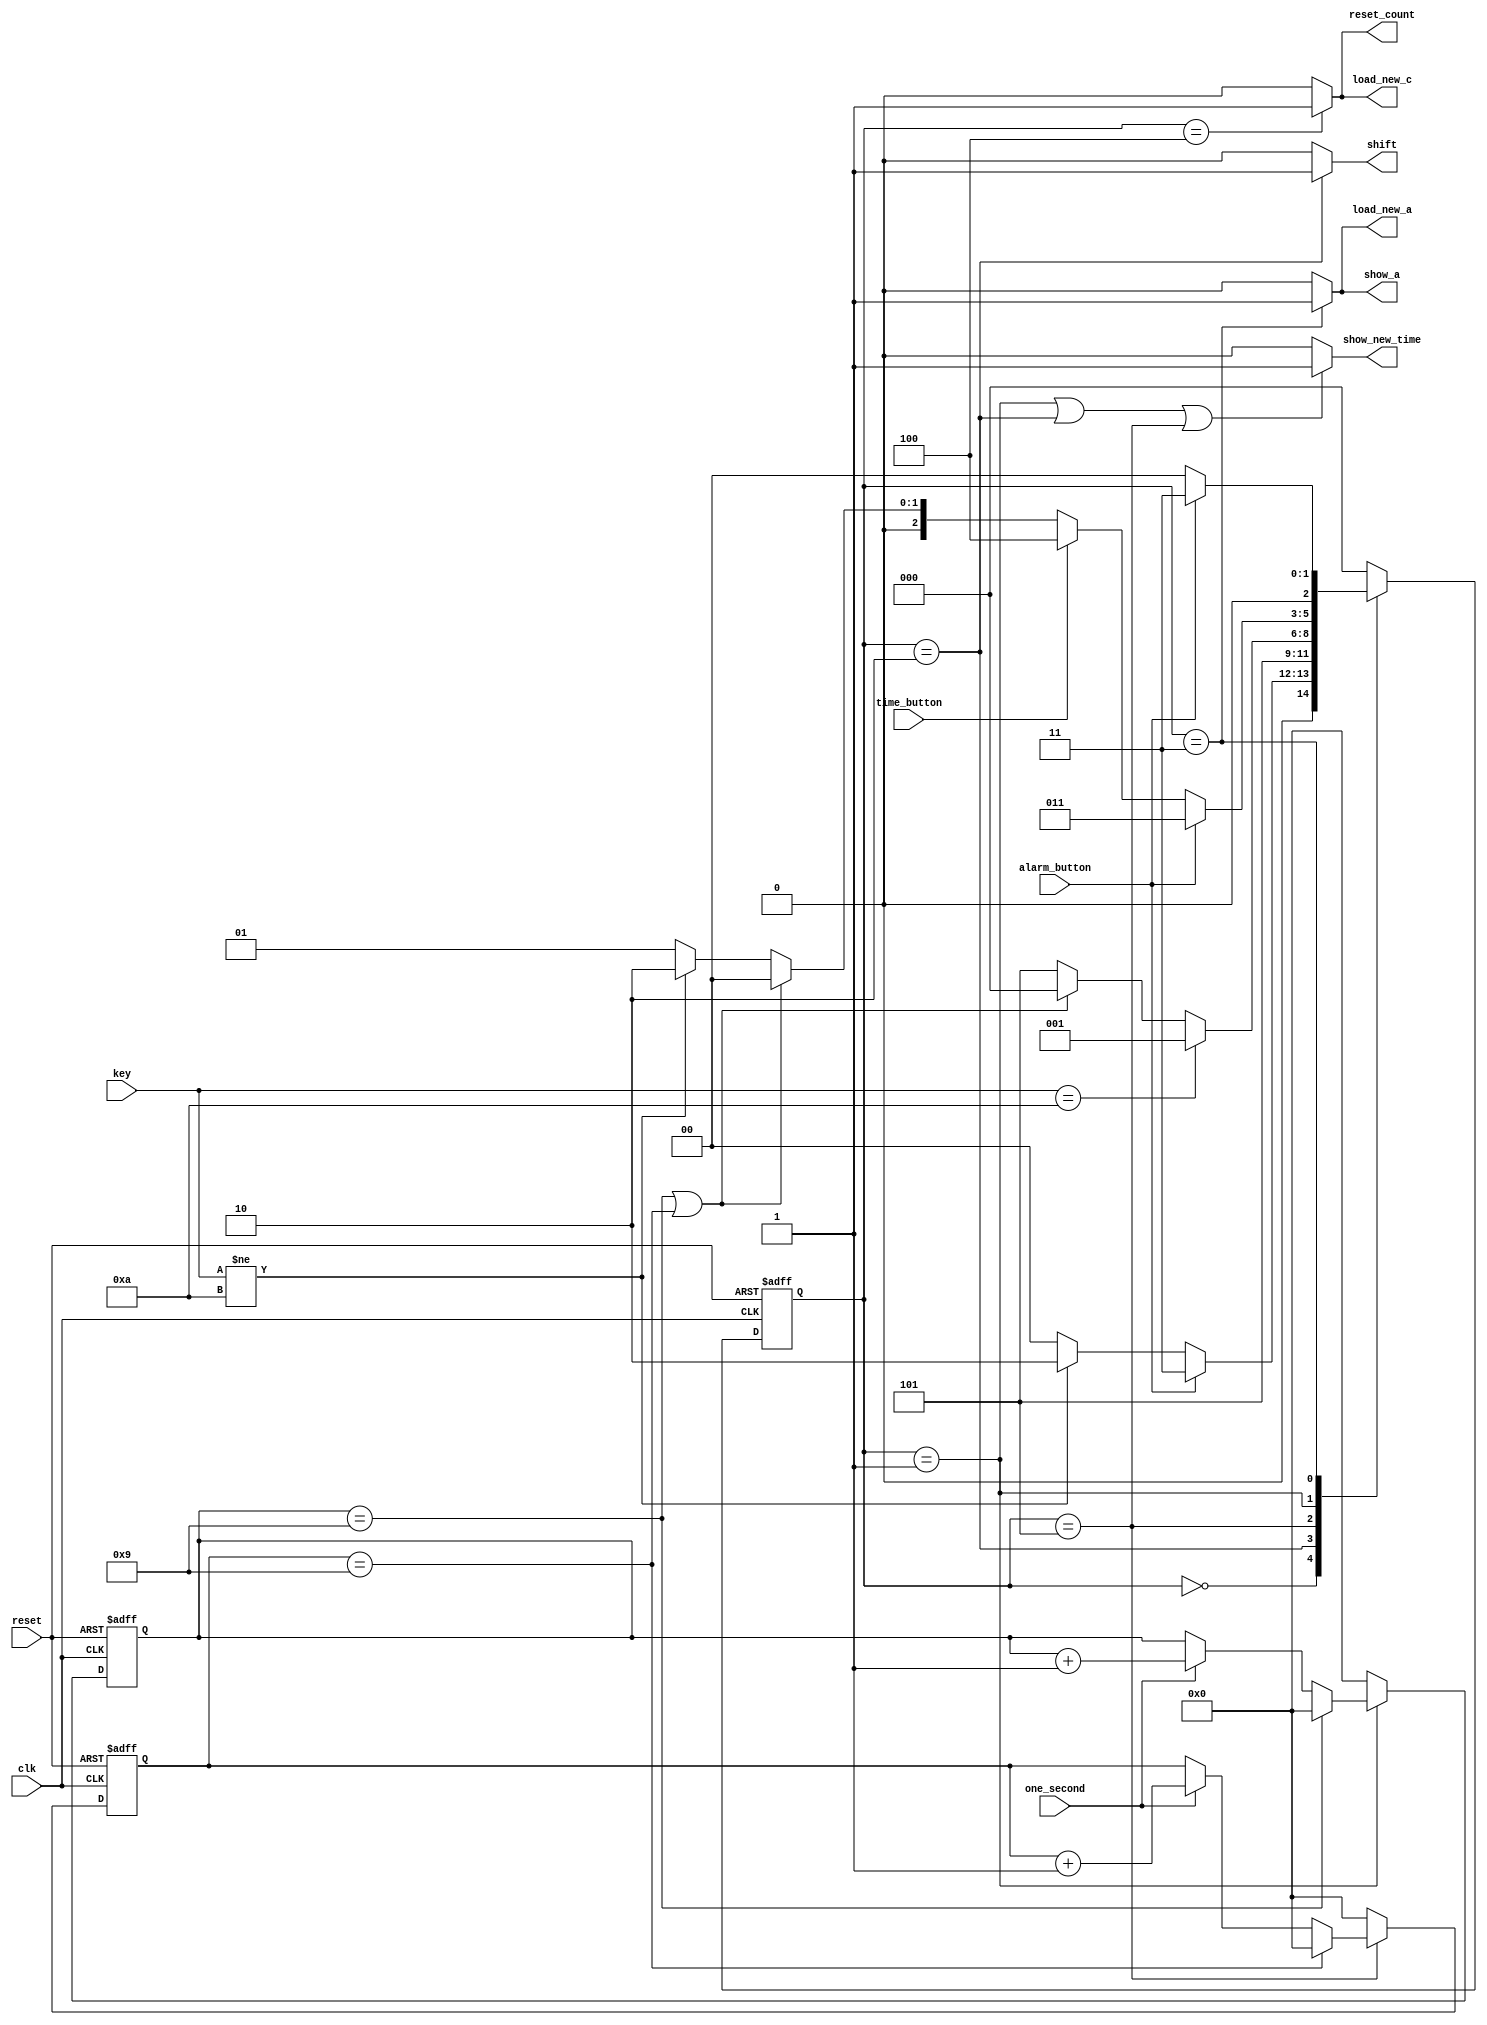
module aclk_controller(clk, reset, one_second, alarm_button, time_button, key, reset_count, load_new_c, show_new_time, show_a , load_new_a , shift);
input clk, reset, one_second, alarm_button, time_button;
input [3:0] key;
output reset_count, load_new_c, show_new_time, show_a , load_new_a , shift;

reg [2:0] pre_state, next_state;

wire time_out;

reg [3:0] count1, count2;

parameter SHOW_TIME= 3'b000;
parameter KEY_ENTRY= 3'b001;
parameter KEY_STORED= 3'b010;
parameter SHOW_ALARM= 3'b011;
parameter SET_ALARM_TIME= 3'b011;
parameter SET_CURRENT_TIME= 3'b100;
parameter KEY_WAITED = 3'b101;
parameter NOKEY =10;

always @ (posedge clk or posedge reset)
begin
if(reset)
count1<=4'd0;
else if (!(pre_state==KEY_ENTRY))
count1 <= 4'd0;
else if (count1 ==9)
count1<=4'd0;
else if(one_second)
count1<=count1+1'b1;
end

always @ (posedge clk or posedge reset)
begin
if(reset)
count2<=4'd0;
else if (!( pre_state==KEY_WAITED))
count2<=4'd0;
else if (count2==9)
count2<=4'd0;
else if(one_second)
count2<=count2+1'b1;
end

assign time_out=((count1==9) || (count2==9))?0:1;

always @ (posedge clk or posedge reset)
begin
if(reset)
pre_state<=SHOW_TIME;
else
pre_state<=next_state;
end

always@(pre_state or key or alarm_button or time_button or time_out)
begin
case(pre_state)

SHOW_TIME: begin
if(alarm_button)
next_state= SHOW_ALARM;
else if (key != NOKEY)
next_state=KEY_STORED;
else
next_state= SHOW_TIME;
end

KEY_STORED: next_state = KEY_WAITED;

KEY_WAITED: begin
if (key==NOKEY)
next_state=KEY_ENTRY;
else if (time_out==0)
next_state= SHOW_TIME;
else
next_state= KEY_WAITED;
end

KEY_ENTRY :begin
if(alarm_button)
next_state= SET_ALARM_TIME;
else if (time_button)
next_state= SET_CURRENT_TIME;
else if( time_out==0)
next_state=SHOW_TIME;
else if (key!= NOKEY)
next_state= KEY_STORED;
else 
next_state= KEY_ENTRY;
end

SHOW_ALARM: begin
if (!alarm_button)
next_state=SHOW_TIME;
else
next_state= SHOW_ALARM;
end

SET_ALARM_TIME: next_state= SHOW_TIME;
SET_CURRENT_TIME : next_state= SHOW_TIME;
default: next_state = SHOW_TIME;

endcase
end

assign show_new_time=(pre_state==KEY_ENTRY|| pre_state==KEY_STORED|| pre_state==KEY_WAITED)? 1:0;

assign show_a = (pre_state ==SHOW_ALARM)?1:0;

assign load_new_a = (pre_state== SET_ALARM_TIME)?1:0;

assign load_new_c = (pre_state==SET_CURRENT_TIME)?1:0;

assign reset_count = (pre_state==SET_CURRENT_TIME)?1:0;

assign shift = (pre_state==KEY_STORED) ?1:0;

endmodule